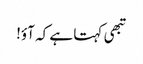
تبھی کہتا ہے کہ آؤ!